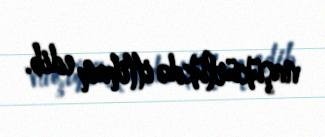
naşükürlükdə ittiham edib.